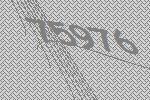
75976